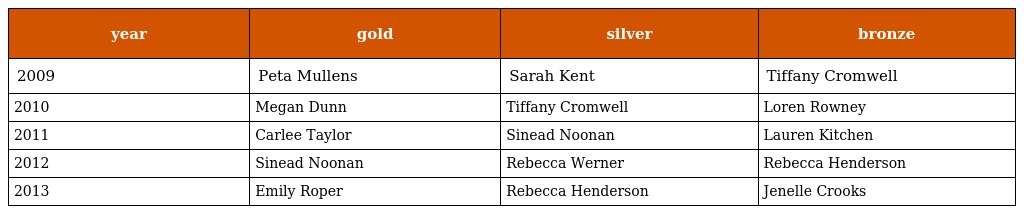
| year | gold | silver | bronze |
 | --- | --- | --- | --- |
 | 2009 | Peta Mullens | Sarah Kent | Tiffany Cromwell |
 | 2010 | Megan Dunn | Tiffany Cromwell | Loren Rowney |
 | 2011 | Carlee Taylor | Sinead Noonan | Lauren Kitchen |
 | 2012 | Sinead Noonan | Rebecca Werner | Rebecca Henderson |
 | 2013 | Emily Roper | Rebecca Henderson | Jenelle Crooks |